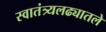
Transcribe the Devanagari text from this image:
स्वातंत्र्यलढ्यातले